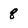
Character: 8